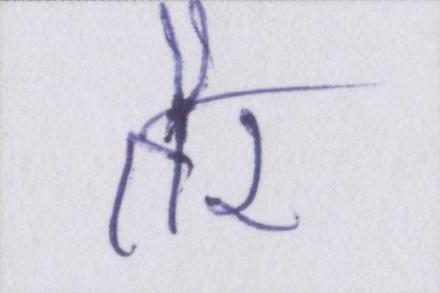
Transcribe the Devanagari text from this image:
तैर